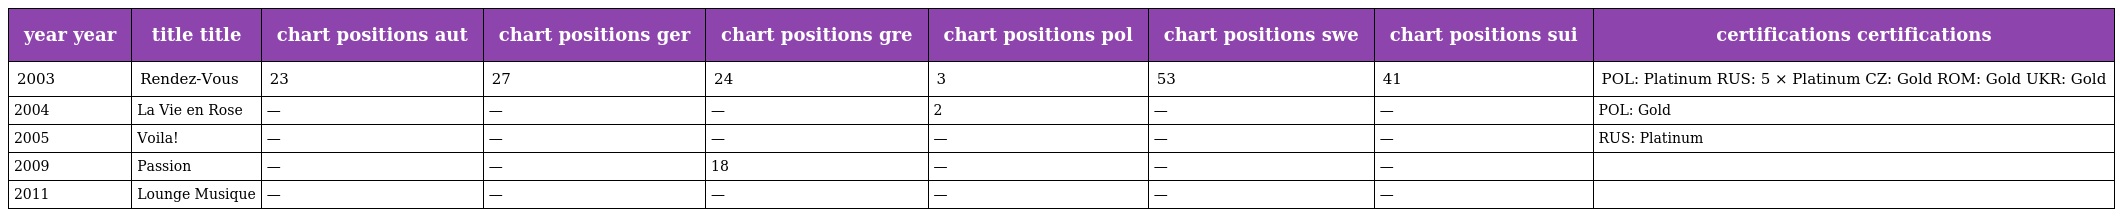
| year year | title title | chart positions aut | chart positions ger | chart positions gre | chart positions pol | chart positions swe | chart positions sui | certifications certifications |
 | --- | --- | --- | --- | --- | --- | --- | --- | --- |
 | 2003 | Rendez-Vous | 23 | 27 | 24 | 3 | 53 | 41 | POL: Platinum RUS: 5 × Platinum CZ: Gold ROM: Gold UKR: Gold |
 | 2004 | La Vie en Rose | — | — | — | 2 | — | — | POL: Gold |
 | 2005 | Voila! | — | — | — | — | — | — | RUS: Platinum |
 | 2009 | Passion | — | — | 18 | — | — | — |  |
 | 2011 | Lounge Musique | — | — | — | — | — | — |  |